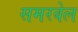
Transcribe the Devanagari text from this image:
समरवेल